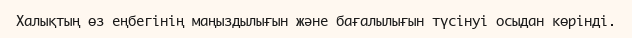
Халықтың өз еңбегінің маңыздылығын және бағалылығын түсінуі осыдан көрінді.